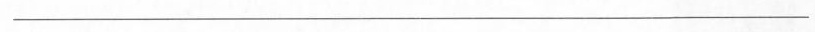
___